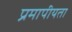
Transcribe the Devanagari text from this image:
प्रमापीयता